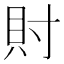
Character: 𧴫